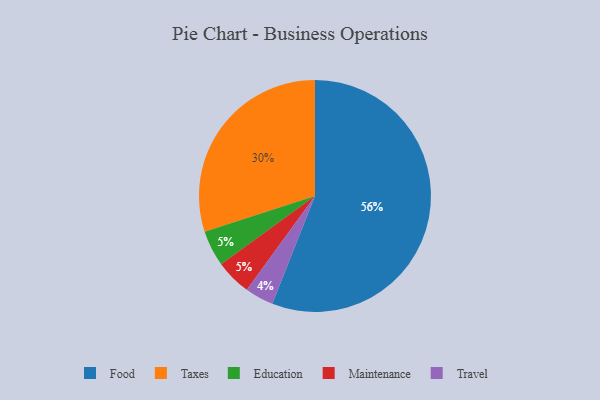
{"axis": {"x": "Category", "y": "Percentage"}, "legend": ["Education", "Food", "Maintenance", "Taxes", "Travel"], "data": [{"x": "Education", "y": 5, "type": "Education"}, {"x": "Food", "y": 56, "type": "Food"}, {"x": "Maintenance", "y": 5, "type": "Maintenance"}, {"x": "Travel", "y": 4, "type": "Travel"}, {"x": "Taxes", "y": 30, "type": "Taxes"}]}